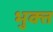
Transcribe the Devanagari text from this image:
भुक्‍त